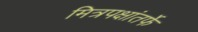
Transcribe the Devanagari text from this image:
मित्रपक्षांतर्फे